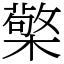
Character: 檠